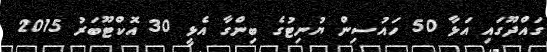
ގައްދޫގައި އަޅާ 50 ހައުސިން ޔުނިޓުގެ ބިންގާ އެޅީ 30 އޮކްޓޫބަރު 2015